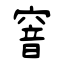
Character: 窨